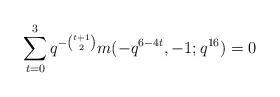
LaTeX: \begin{align*} \sum_{t=0}^{3}q^{-\binom{t+1}{2}}m(-q^{6-4t},-1;q^{16})=0\end{align*}